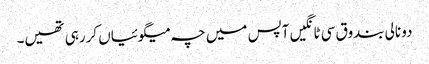
دو نالی بندوق سی ٹانگیں آپس میں چہ میگوئیاں کررہی تھیں۔